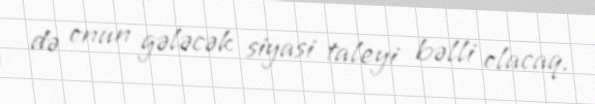
də onun gələcək siyasi taleyi bəlli olacaq.